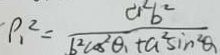
P _ { 1 } ^ { 2 } = \frac { a ^ { 2 } b ^ { 2 } } { b ^ { 2 } \cos ^ { 2 } \theta _ { 1 } + a ^ { 2 } \sin ^ { 2 } \theta _ { 1 } }